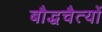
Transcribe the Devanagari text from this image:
बौद्धचैत्यों